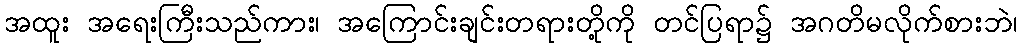
အထူး အရေးကြီးသည်ကား၊ အကြောင်းချင်းတရားတို့ကို တင်ပြရာ၌ အဂတိမလိုက်စားဘဲ၊